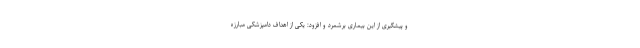
و پیشگیری از این بیماری برشمرد و افزود: یکی از اهداف دامپزشکی مبارزه